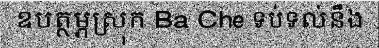
ឧបត្ថម្ភស្រុក Ba Che ទប់ទល់នឹង